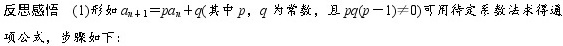
反思感悟 (1)形如$a_{n + 1}=pa_{n}+q$(其中$p$，$q$为常数，且$pq(p - 1)\neq0$)可用待定系数法求得通项公式，步骤如下：